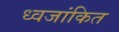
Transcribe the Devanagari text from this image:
ध्वजांकित